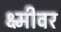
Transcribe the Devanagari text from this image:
क्ष्मीवर